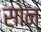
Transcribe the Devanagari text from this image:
सोन्